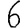
Digit: 6